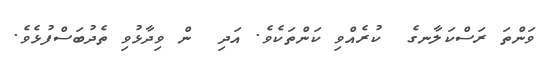
ވަންތަ ރަސްކަލާނގެ  ކުރެއްވި ކަންތަކެވެ. އަދި  ން ވިދާޅުވި ތެދުބަސްފުޅެވެ.